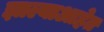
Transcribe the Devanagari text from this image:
झाल्याआहेत